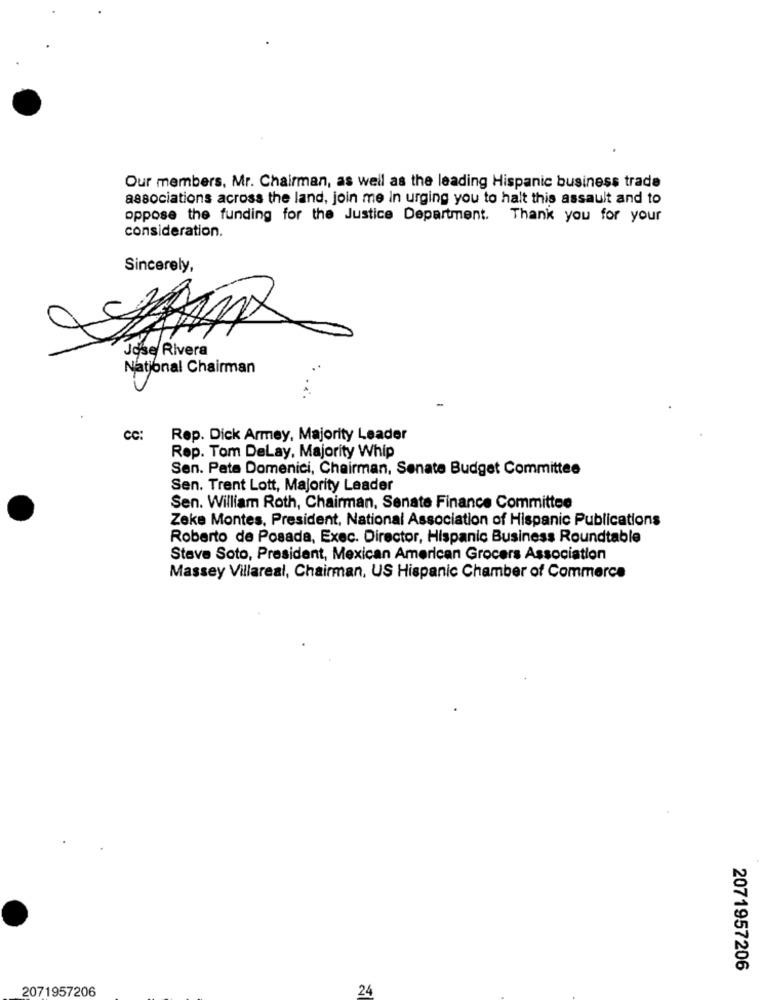
Our members, Mr. Chairman, as well as the leading Hispanic business trade
associations across the land, join me in urging you to halt this assault and to
oppose the funding for the Justice Department. Thank you for your
consideration.
Sincerely,
Jose Rivera
National Chairman
cc:
Rep. Dick Armey, Majority Leader
Rep. Tom Delay, Majority Whip
Sen. Pata Domenici, Chairman, Senate Budget Committee
Sen. Trent Lott, Majority Leader
Sen. William Roth, Chairman, Senate Finance Committee
Zeke Montes, President, National Association of Hispanic Publications
Roberto de Posada, Exec. Director, Hispanic Business Roundtable
Steve Soto, President, Mexican American Grocers Association
Massey Villareal, Chairman, US Hispanic Chamber of Commerce
2071957206
2071957206
24